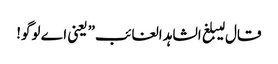
قال لیبلغ الشاہد الغائب” یعنی اے لوگو!